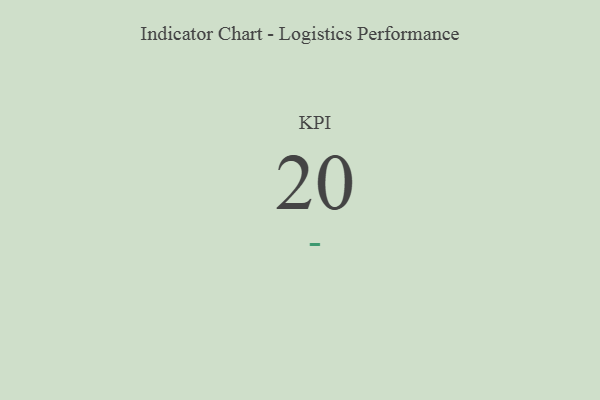
{"axis": {"x": "KPI", "y": "Value"}, "legend": [""], "data": [{"x": "KPI", "y": 20, "type": ""}]}